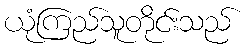
ယုံကြည်သူတိုင်းသည်